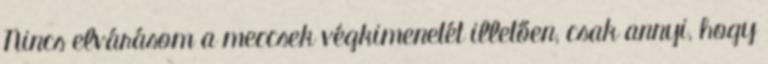
Nincs elvárásom a meccsek végkimenetét illetően, csak annyi, hogy